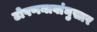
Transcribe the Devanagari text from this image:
टोपणनावांनुसार